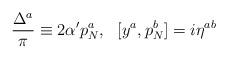
LaTeX: \begin{align*}\frac{\Delta ^{a}}{\pi }\equiv 2\alpha 'p^{a}_{N},\: \: \: [y^{a},p^{b}_{N}]=i\eta ^{ab}\end{align*}